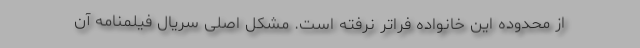
از محدوده این خانواده فراتر نرفته است. مشکل اصلی سریال فیلمنامه آن